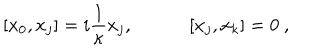
\lbrack x _ { 0 } , x _ { j } ] = i { \frac { 1 } { \kappa } } x _ { j } , \qquad \quad \lbrack x _ { j } , x _ { k } ] = 0 ~ ,